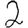
Digit: 2